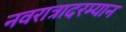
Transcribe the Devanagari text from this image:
नवरात्रादरम्यान